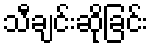
သီချင်းဆိုခြင်း